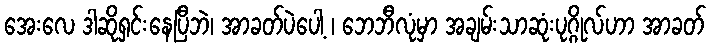
အေးလေ ဒါဆိုရှင်းနေပြီဘဲ၊ အာခတ်ပဲပေါ့ ၊ ဘေဘီလုံမှာ အချမ်းသာဆုံးပုဂ္ဂိုလ်ဟာ အာခတ်